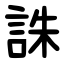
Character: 誅